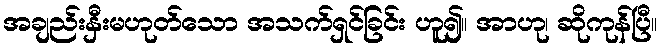
အချည်းနှီးမဟုတ်သော အသက်ရှင်ခြင်း ဟူ၍။ အာဟု၊ ဆိုကုန်ပြီ။